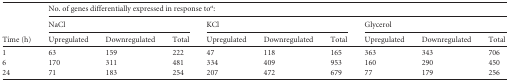
<table><thead><tr><td rowspan="3"><b>Time (h)</b></td><td colspan="9"><b>No. of genes differentially expressed in response to<sup><i>a</i></sup>:</b></td></tr><tr><td colspan="3"><b>NaCl</b></td><td colspan="3"><b>KCl</b></td><td colspan="3"><b>Glycerol</b></td></tr><tr><td><b>Upregulated</b></td><td><b>Downregulated</b></td><td><b>Total</b></td><td><b>Upregulated</b></td><td><b>Downregulated</b></td><td><b>Total</b></td><td><b>Upregulated</b></td><td><b>Downregulated</b></td><td><b>Total</b></td></tr></thead><tbody><tr><td>1</td><td>63</td><td>159</td><td>222</td><td>47</td><td>118</td><td>165</td><td>363</td><td>343</td><td>706</td></tr><tr><td>6</td><td>170</td><td>311</td><td>481</td><td>334</td><td>409</td><td>953</td><td>160</td><td>290</td><td>450</td></tr><tr><td>24</td><td>71</td><td>183</td><td>254</td><td>207</td><td>472</td><td>679</td><td>77</td><td>179</td><td>256</td></tr></tbody></table>